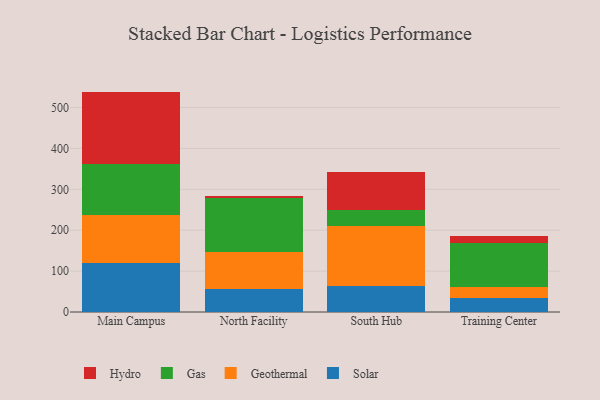
{"axis": {"x": "Campus", "y": "Waste Production (Tons)"}, "legend": ["Gas", "Geothermal", "Hydro", "Solar"], "data": [{"x": "Main Campus", "y": 120.6, "type": "Solar"}, {"x": "Main Campus", "y": 116.6, "type": "Geothermal"}, {"x": "Main Campus", "y": 124.8, "type": "Gas"}, {"x": "Main Campus", "y": 176.9, "type": "Hydro"}, {"x": "North Facility", "y": 57.4, "type": "Solar"}, {"x": "North Facility", "y": 89.5, "type": "Geothermal"}, {"x": "North Facility", "y": 131.1, "type": "Gas"}, {"x": "North Facility", "y": 6.4, "type": "Hydro"}, {"x": "South Hub", "y": 64.4, "type": "Solar"}, {"x": "South Hub", "y": 145.9, "type": "Geothermal"}, {"x": "South Hub", "y": 38.0, "type": "Gas"}, {"x": "South Hub", "y": 94.8, "type": "Hydro"}, {"x": "Training Center", "y": 35.4, "type": "Solar"}, {"x": "Training Center", "y": 25.0, "type": "Geothermal"}, {"x": "Training Center", "y": 108.9, "type": "Gas"}, {"x": "Training Center", "y": 17.4, "type": "Hydro"}]}